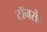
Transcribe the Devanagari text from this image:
टॉनसेंड